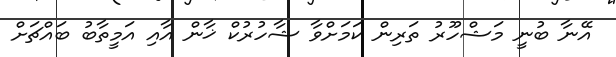
އޭނާ ބުނީ މަޝްހޫރު ތަރިން ކަމަށްވާ ޝާހުރުކް ޚާން އާއި އަމީތާބު ބައްޗަށް